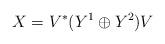
LaTeX: \begin{align*}X= V^* (Y^1\oplus Y^2) V\end{align*}